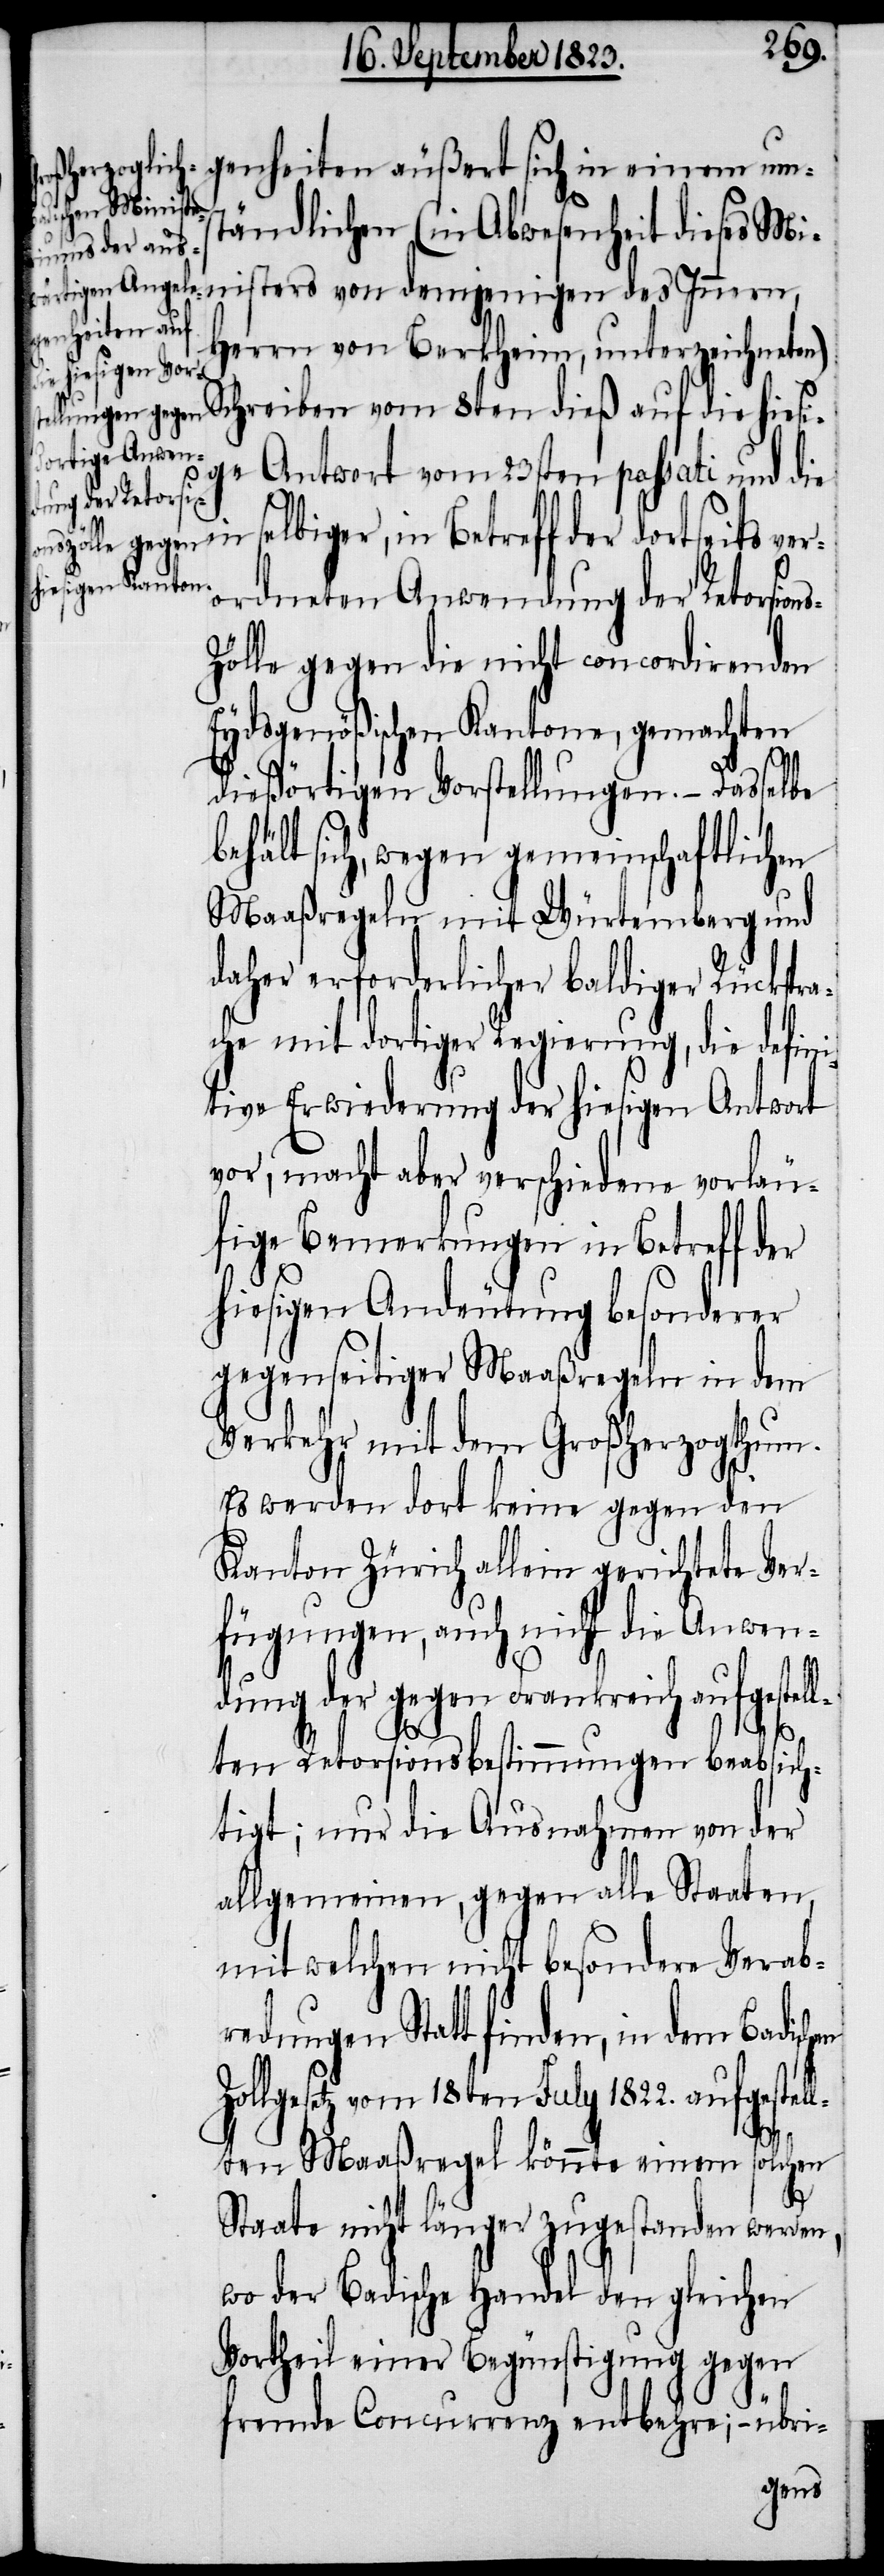
tändlichen (in Abwesenheit dieses Mini¬
genheiten äuß¬
Herrn von Berkheim, unterzeichnete¬
demjenigen des
n) Schreiben vom 8ten dieß auf die hiesi¬
ge Antwort vom 23sten passati und die
hen
in
elbiger, in Betreff der dortseits v¬
ordneten Anwendung der Retorsion¬
ölle gegen die nicht concordirenden
Eydsgenößischen Kantone, gemachten
dießörtigen Vorstellungen. – Dasselbe
hält sich, wegen gemeinschaftlichen
Maaßregeln mit Würtemberg und
daher erforderlicher baldiger Rückspr¬
he mit dortiger Regierung, die defi¬
tive Erwiederung der hiesigen Antwort
vor, macht aber verschiedene vorläu¬
fige Bemerkungen in Betreff d¬
hiesigen Andeutung besonderer
gegenseitiger Maaßregeln in dem
Verkehr mit dem Großherzogthum.
Es werden dort keine gegen den
Kanton Zürich allein gerichtete Ver¬
fügungen, auch nicht die Anwen¬
dung der gegen Frankreich aufgestel¬
lten Retorsionsbestimmungen beabsich¬
tigt; nur die Ausnahmen von der
allgemeinen, gegen alle Staaten,
mit welchen nicht besondere Verab¬
redungen Statt finden, in dem Badisc¬
Zollgesetz vom 18ten July 1822. aufgestel¬
lten Maaßregel könnte einem solchen
s-Z¬
Staate nicht länger zugestanden werden,
wo der Badische Handel den gleichen
Vortheil einer Begünstigung gegen
fremde Concurrenz entbehre; − übrig-